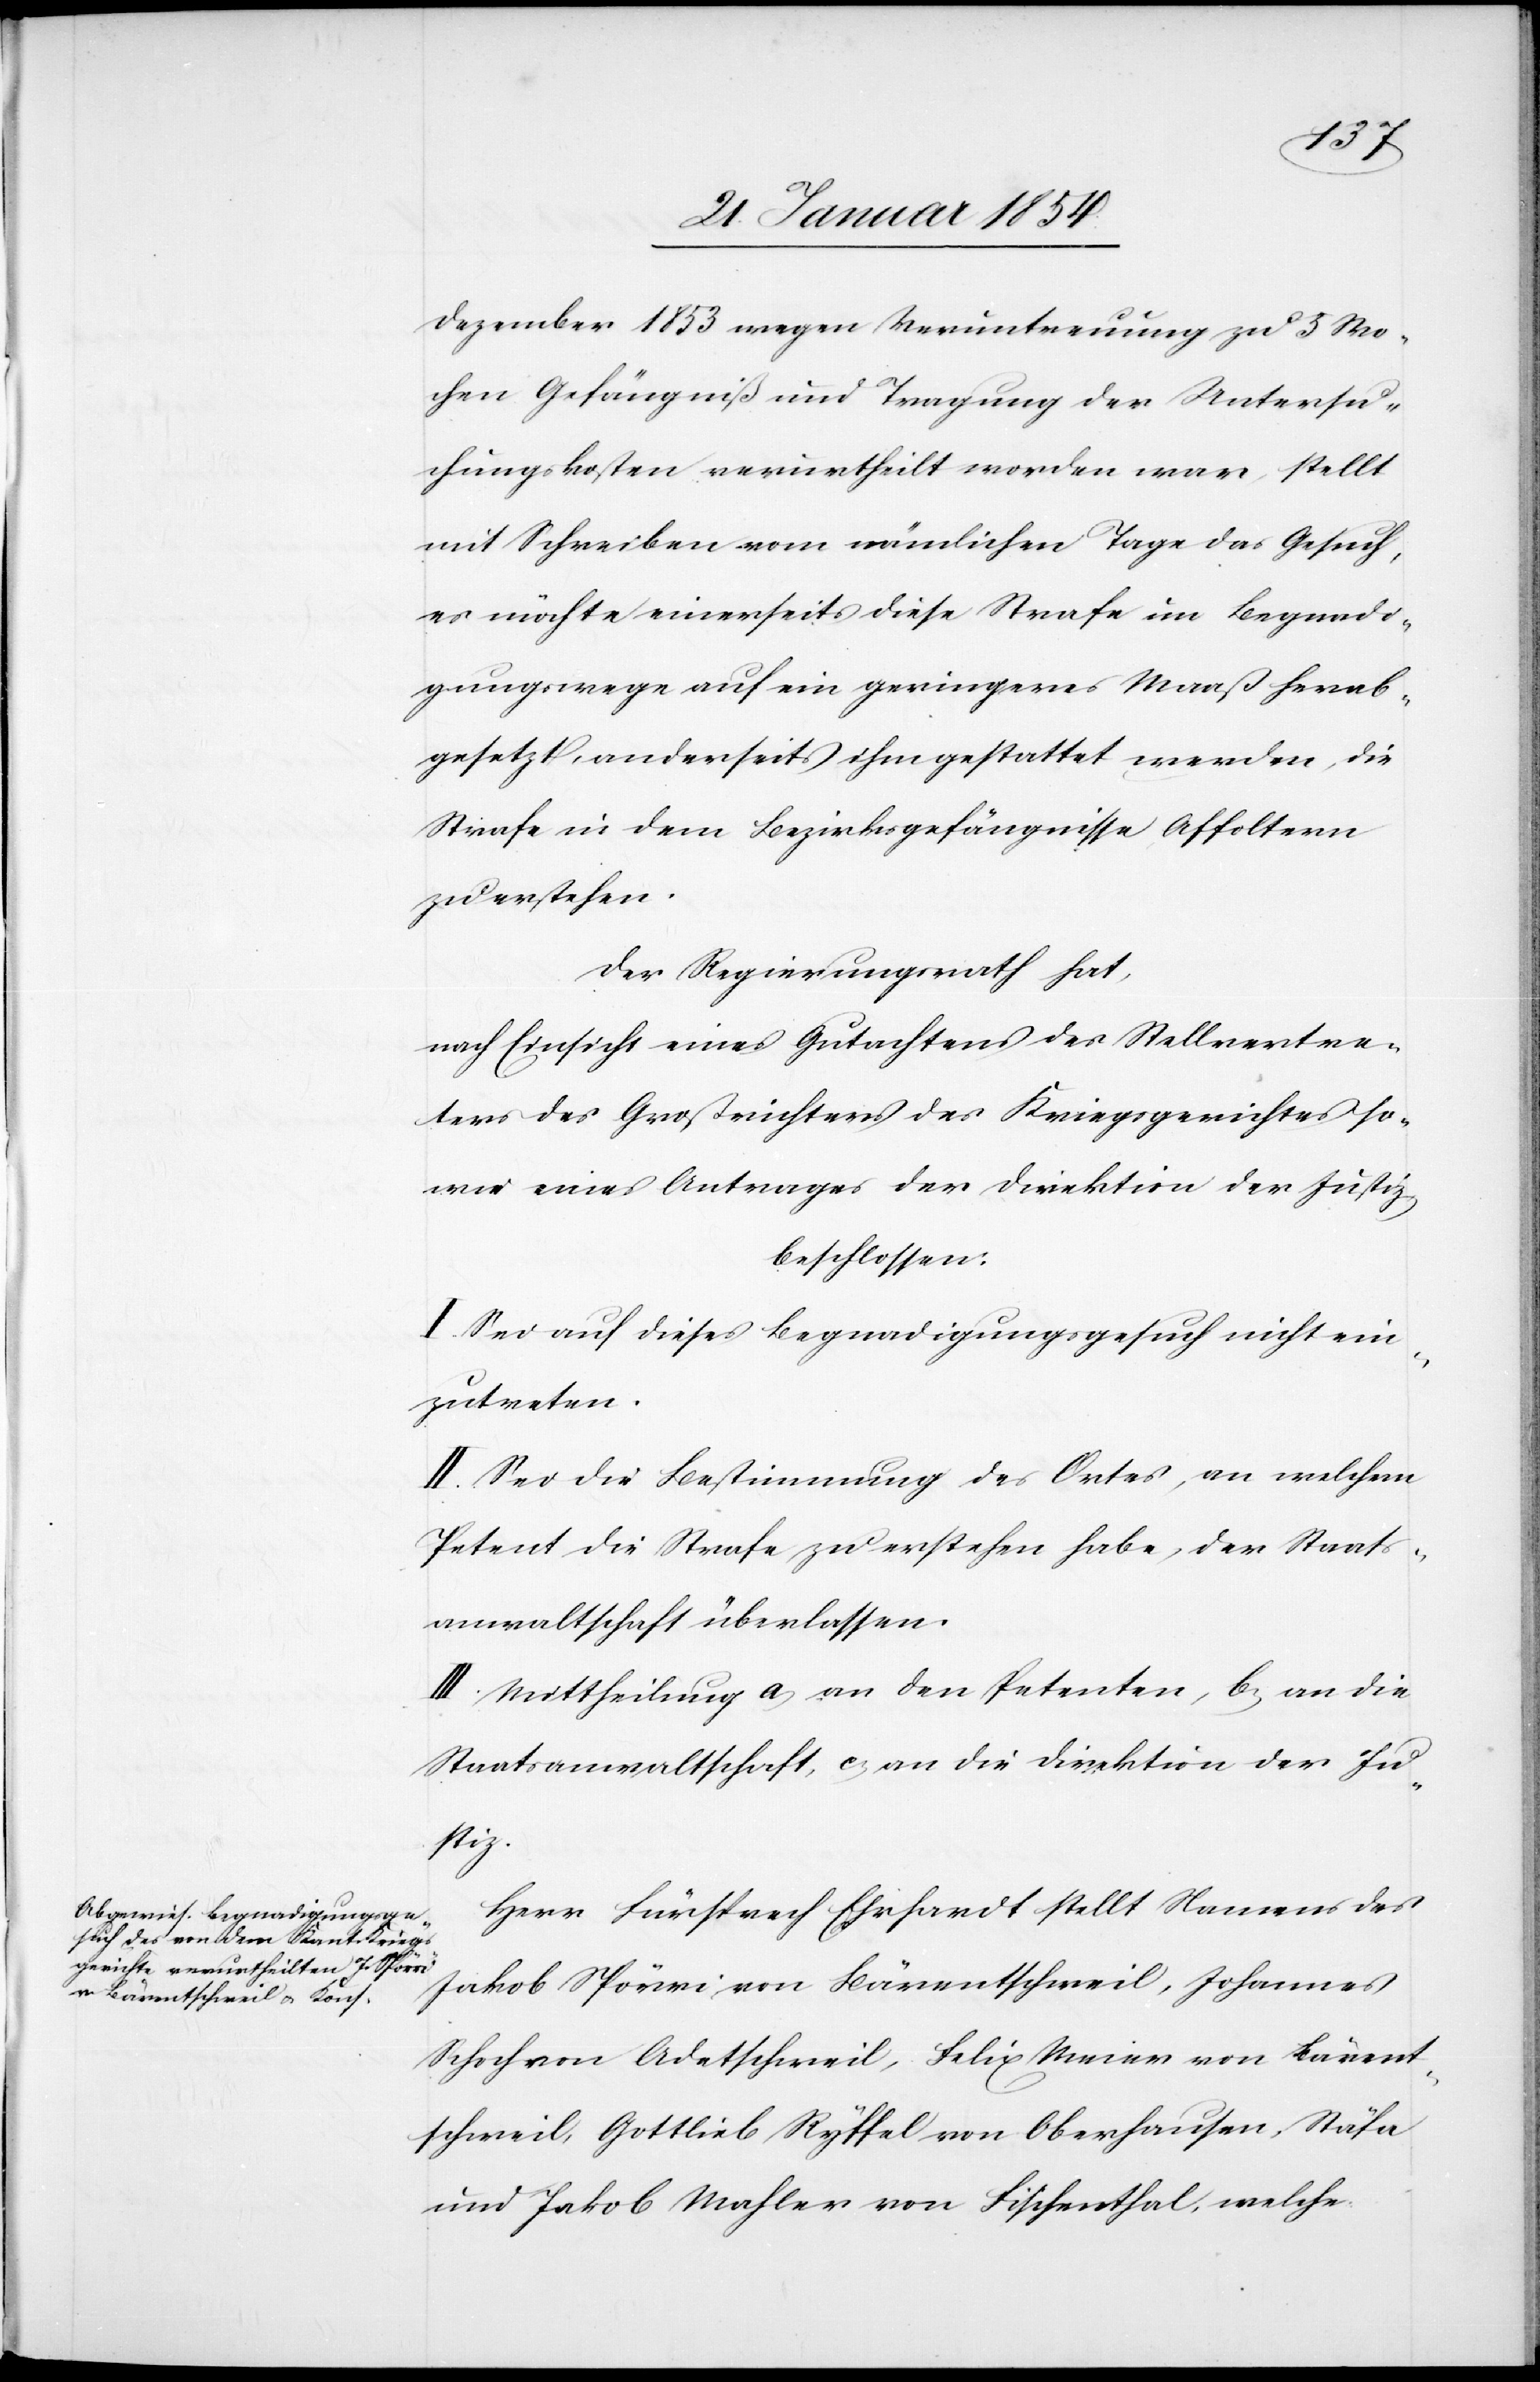
Dezember 1853 wegen Veruntreuung zu 5 Wo¬
chen Gefängniß und Tragung der Untersu¬
chungskosten verurtheilt worden war, stellt
mit Schreiben vom nämlichen Tage das Gesuch,
es möchte einerseits diese Strafe um Begnadi¬
gungswege auf ein geringeres Maaß herab¬
gesetzt, anderseits ihm gestattet werden, die
Strafe in dem Bezirksgefängnisse Affoltern
zu erstehen.
Der Regierungsrath hat,
nach Einsicht eines Gutachtes des Stellvertre¬
ters des Großrichters des Kriegsgerichtes so¬
wie eines Antrages der Direktion der Justiz
beschlossen:
I. Sei auf dieses Begnadigungsgesuch nicht ein¬
zutreten.
II. Sei die Bestimmung des Ortes, an welchem
Petent die Strafe zu erstehen habe, der Staats¬
anwaltschaft überlassen.
III. Mittheilung a) an den Petenten, b) an die
Staatsanwaltschaft, c) an die Direktion der Ju¬
stiz.
Herr Fürsprech Ehrhardt stellt Namens des
Jakob Spörri von Bärentschweil, Johannes
Schoch von Adetschweil, Selig Meier von Bärent¬
schweil, Gottlieb Ryffel von Oberhausen, Stäfa
und Jakob Wahler von Fischenthal, welche